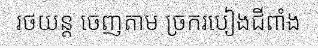
រថយន្ត ចេញតាម ច្រករបៀងជីពាំង